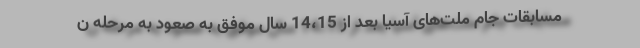
مسابقات جام ملت‌های آسیا بعد از 14،15 سال موفق به صعود به مرحله ن